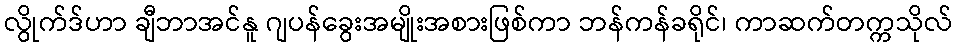
လွိုက်ဒ်ဟာ ချီဘာအင်နူ ဂျပန်ခွေးအမျိုးအစားဖြစ်ကာ ဘန်ကန်ခရိုင်၊ ကာဆက်တက္ကသိုလ်